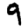
Digit: 9